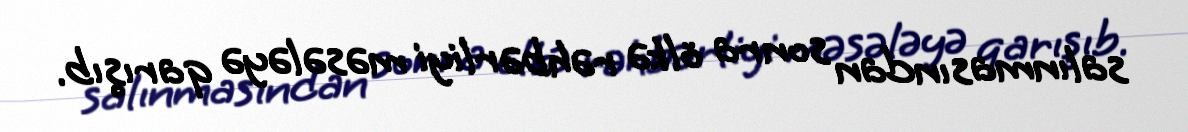
salınmasından sonra ölkə rəhbərliyi məsələyə qarışıb.